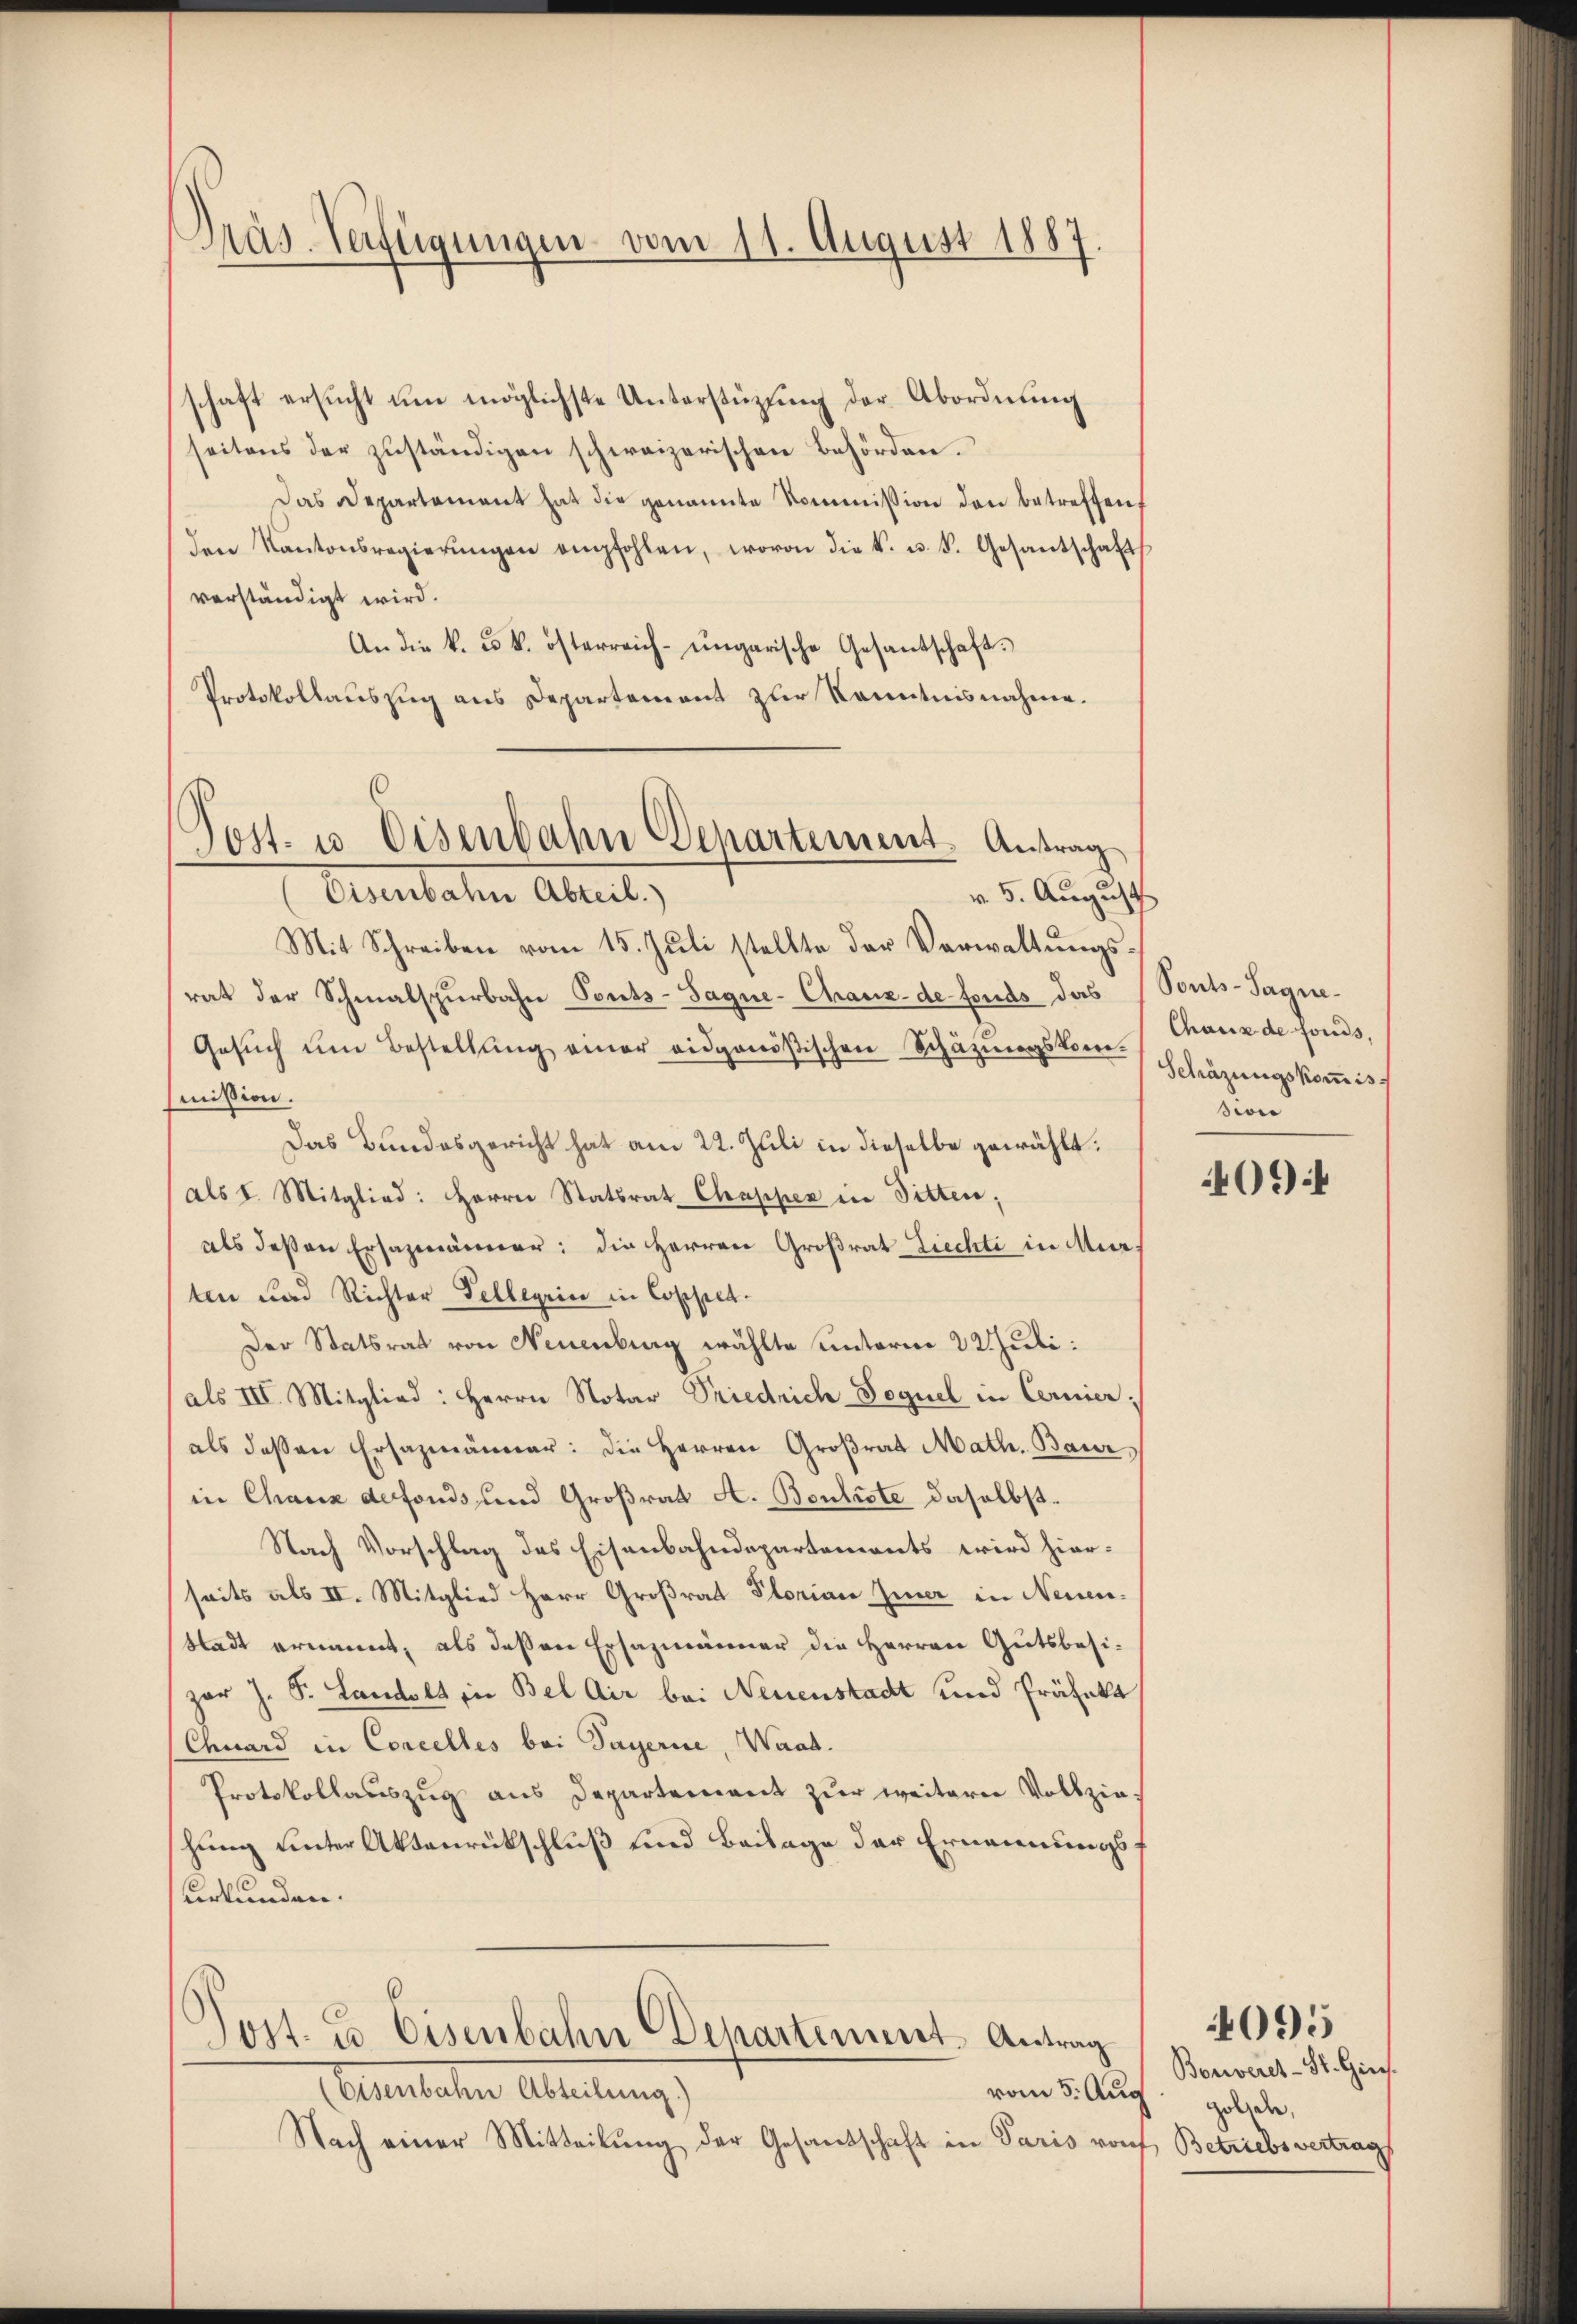
Pras-Verfügungen vom 11. August 1887.

Post- u. Eisenbahn Departement. Antrag

schaft ersŭcht ŭm möglichste Unterstüzung der Abordnung
seitens der zuständigen schweizerischen Behörden.
Das Departement hat die genannte Kommission den betreffen,
den Kantonsregierŭngen empfohlen, wovon die k. u. k. Gesantschaft
verständigt wird.
An die k. u. k. österreich-ungarische Gesantschaft.
Protokollauszug aus Departement zur Kenntnisnahme.
(Eisenbahn Abteil.)
v. 5. August
Mit Schreiben vom 15. Jŭli stellte der Verwaltŭngs-
rat der Schmalspurbahn Pents-Sagne- Chranz- de fonds das (Sonts-Tagne¬
Gesuch um Bestellung einer eidgenößischen Schätzungskommission.
Das Bundesgericht hat am 22. Juli in dieselbe gewählt.
als I. Mitglied: Herrn Statsrat Chapper in Bitten,
als deßen Ersazmänner: die Herren Großrat Ziechti in Mur
ten und Richter Fellegii in Coppel¬
Der Statsrat von Neuenburg wählte unterm 22 Juli.
als III. Mitglied: Herrn Notar Priedrich-Foguel in Cernier;
als deßen Ersazmänner: die Herren Großrat Math. Baur
in Chaux defonds und Großrat A. Bouliste daselbst.
Nach Vorschlag des Eisenbahndepartements wird hierseits als II. Mitglied Herr Großrat Plorian Zier in Neuen-
Stadt ernannt, als dessen Ersazmänner die Herren Gutsbesizar J. S. Landolt in Bel dir bei Neuenstadt und Präfekt
Chuard in Concelles bei Payerne, Waad
Protokollauszug aus Departement zur weiterer Vollziehung unter Aktenrückschluß und Beilage der Ernennungsurkunden.

Post. u. Eisenbahn Departement. Antrag

vom 5. Aug.
Atulaten Abteilung
Nach einer Mitteilung der Gesandschaft in Paris rauf Betriebsvertrags

Chaux de fonds.
Schäzungskommission

409

Bonveret-St. Gies.
golen,

4095